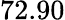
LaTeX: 72.90